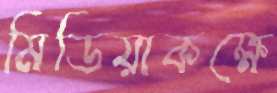
মিডিয়াকক্ষে